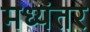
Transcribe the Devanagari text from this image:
मध्‍यंतर